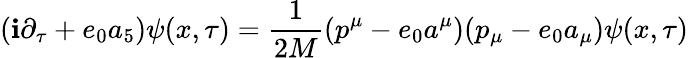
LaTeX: (\mathbf{i}\partial_{\tau}+e_{0}a_{5})\psi(x,\tau)=\frac{{1}}{{2M}}(p^{\mu}-e_{0}a^{\mu})(p_{\mu}-e_{0}a_{\mu})\psi(x,\tau)